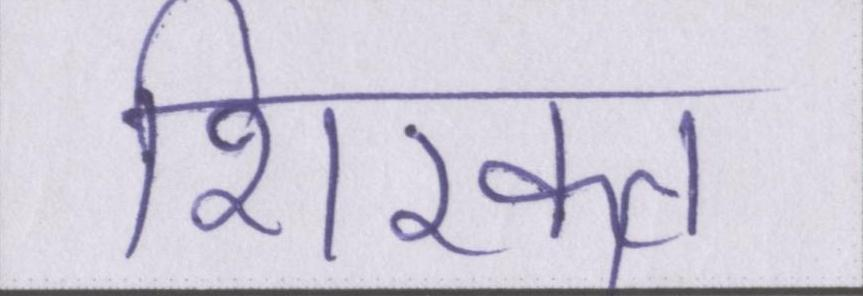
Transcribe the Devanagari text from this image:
शिरकत